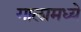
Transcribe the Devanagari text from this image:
गालामध्ये